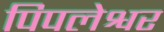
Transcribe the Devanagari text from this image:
पिपलेश्वर